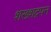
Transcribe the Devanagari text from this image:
शख्शद्रपन